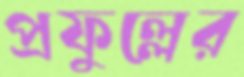
প্রফুল্লের